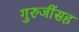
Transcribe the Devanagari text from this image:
गुरुजींसह